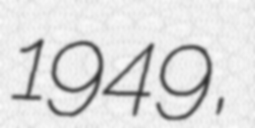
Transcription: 1949,